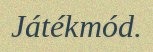
Játékmód.